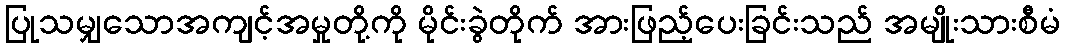
ပြုသမျှသောအကျင့်အမှုတို့ကို မိုင်းခွဲတိုက် အားဖြည့်ပေးခြင်းသည် အမျိုးသားစီမံ